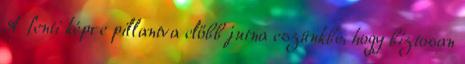
A fenti képre pillantva előbb jutna eszünkbe, hogy biztosan